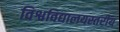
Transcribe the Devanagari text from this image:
विश्वविद्यालयस्तरीय